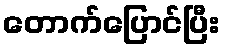
တောက်ပြောင်ပြီး